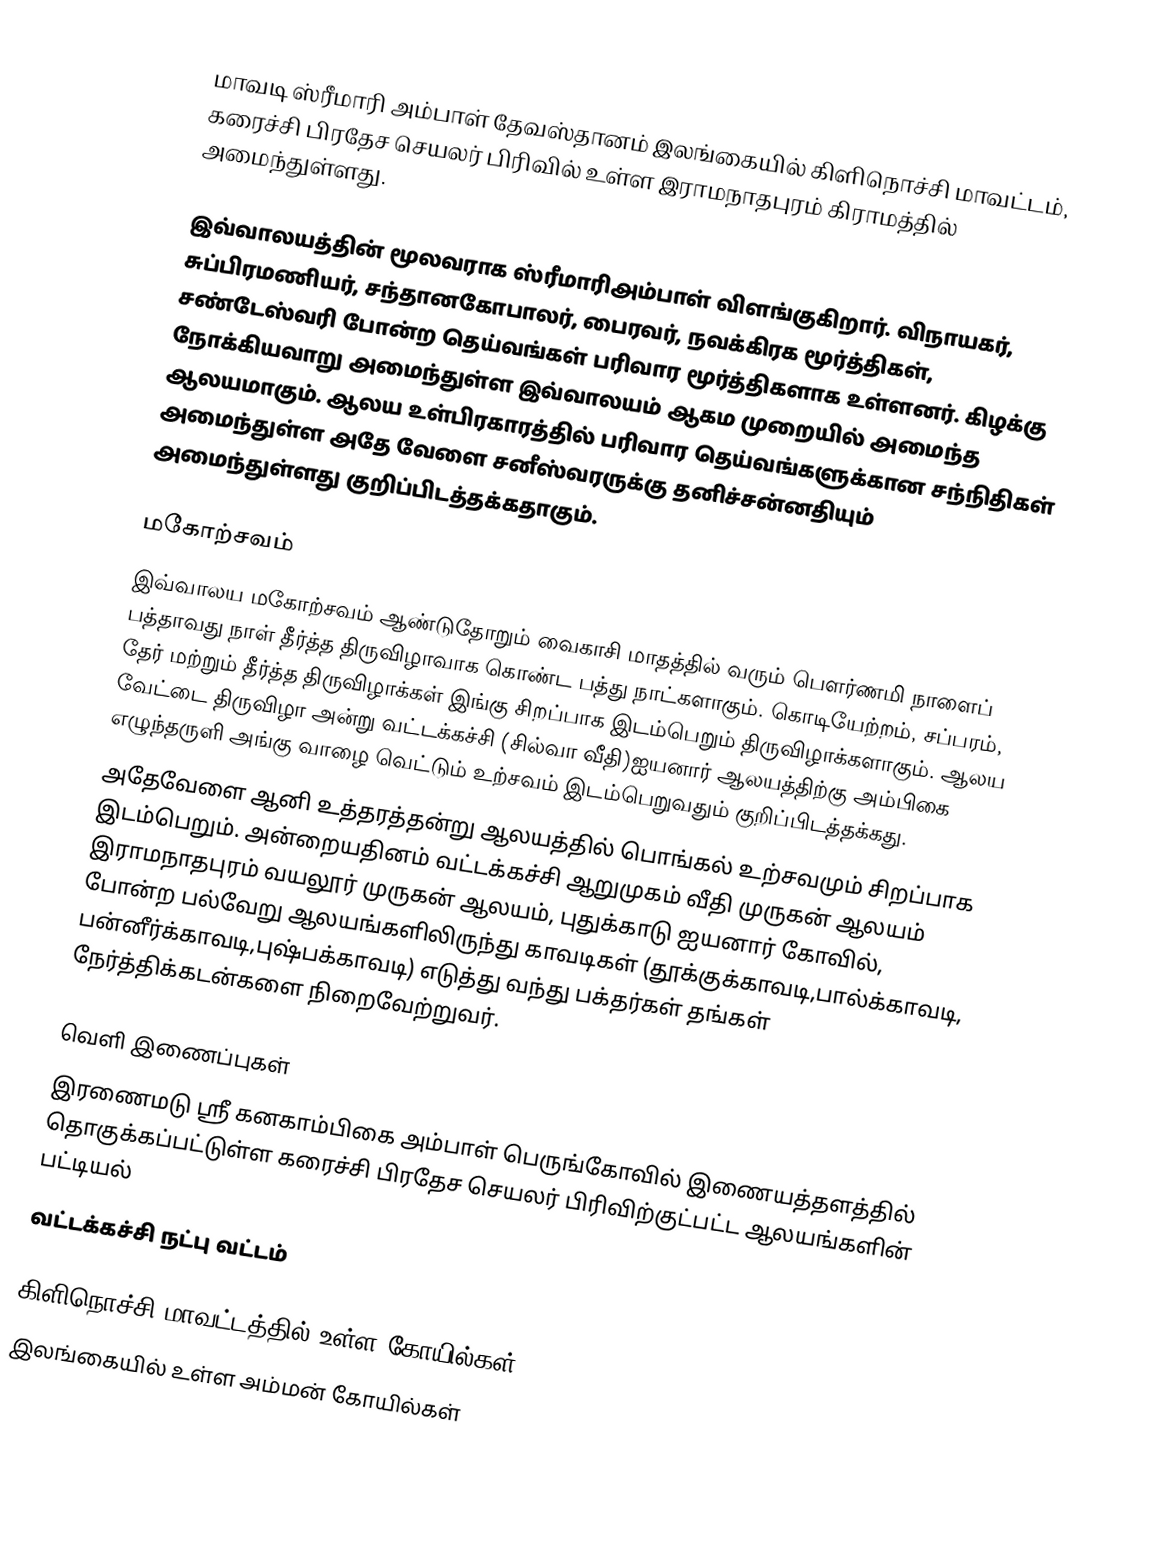
மாவடி ஸ்ரீமாரி அம்பாள் தேவஸ்தானம் இலங்கையில் கிளிநொச்சி மாவட்டம், கரைச்சி பிரதேச செயலர் பிரிவில் உள்ள இராமநாதபுரம் கிராமத்தில் அமைந்துள்ளது.

இவ்வாலயத்தின் மூலவராக ஸ்ரீமாரிஅம்பாள் விளங்குகிறார். விநாயகர், சுப்பிரமணியர், சந்தானகோபாலர், பைரவர், நவக்கிரக மூர்த்திகள், சண்டேஸ்வரி போன்ற தெய்வங்கள் பரிவார மூர்த்திகளாக உள்ளனர். கிழக்கு நோக்கியவாறு அமைந்துள்ள இவ்வாலயம் ஆகம முறையில் அமைந்த ஆலயமாகும். ஆலய உள்பிரகாரத்தில் பரிவார தெய்வங்களுக்கான சந்நிதிகள் அமைந்துள்ள அதே வேளை சனீஸ்வரருக்கு தனிச்சன்னதியும் அமைந்துள்ளது குறிப்பிடத்தக்கதாகும்.

மகோற்சவம்
இவ்வாலய மகோற்சவம் ஆண்டுதோறும் வைகாசி மாதத்தில் வரும் பௌர்ணமி நாளைப் பத்தாவது நாள் தீர்த்த திருவிழாவாக கொண்ட பத்து நாட்களாகும். கொடியேற்றம், சப்பரம், தேர் மற்றும் தீர்த்த திருவிழாக்கள் இங்கு சிறப்பாக இடம்பெறும் திருவிழாக்களாகும். ஆலய வேட்டை திருவிழா அன்று வட்டக்கச்சி (சில்வா வீதி)ஐயனார் ஆலயத்திற்கு அம்பிகை எழுந்தருளி அங்கு வாழை வெட்டும் உற்சவம் இடம்பெறுவதும் குறிப்பிடத்தக்கது.
அதேவேளை ஆனி உத்தரத்தன்று ஆலயத்தில் பொங்கல் உற்சவமும் சிறப்பாக  இடம்பெறும். அன்றையதினம்   வட்டக்கச்சி ஆறுமுகம் வீதி முருகன் ஆலயம் இராமநாதபுரம் வயலூர் முருகன் ஆலயம், புதுக்காடு ஐயனார் கோவில், போன்ற பல்வேறு ஆலயங்களிலிருந்து காவடிகள் (தூக்குக்காவடி,பால்க்காவடி, பன்னீர்க்காவடி,புஷ்பக்காவடி) எடுத்து வந்து பக்தர்கள் தங்கள் நேர்த்திக்கடன்களை நிறைவேற்றுவர்.

வெளி இணைப்புகள்
 இரணைமடு ஸ்ரீ கனகாம்பிகை அம்பாள் பெருங்கோவில் இணையத்தளத்தில் தொகுக்கப்பட்டுள்ள கரைச்சி  பிரதேச செயலர் பிரிவிற்குட்பட்ட  ஆலயங்களின் பட்டியல்
வட்டக்கச்சி நட்பு வட்டம்

கிளிநொச்சி மாவட்டத்தில் உள்ள கோயில்கள்
இலங்கையில் உள்ள அம்மன் கோயில்கள்